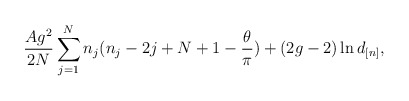
\begin{align*}\frac{Ag^2}{2N} \sum_{j=1}^N n_j(n_j-2j+N+1 - \frac{\theta}{\pi} ) + (2g-2) \ln d_{[n]},\end{align*}